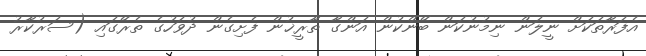
އެފަރާތަކަށް ނީލަން ނިމުނުކަން ބޭންކުން އަންގާ ތާރީޚުން ފެށިގެން ދުވަހުގެ ތެރޭގައި (ސަރުކާރު